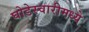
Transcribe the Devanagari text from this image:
घोडेस्वारीमध्ये